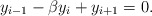
\begin{align*} y_{i-1} - \beta y_i + y_{i+1} = 0. \end{align*}